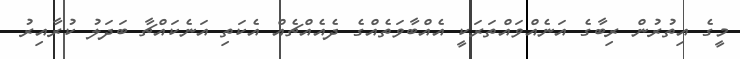
މީގެ އިތުރުން ރިބާގެ އަނެއްވައްތަރަކީ އެއްބާވަތެއްގެ ދެއެއްޗެއް އެކަތި އަނެކައްޗާ ބަދަލު ކުރާއިރު